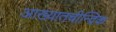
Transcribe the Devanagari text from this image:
आख्यातचीन्द्रिक